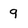
Character: 9